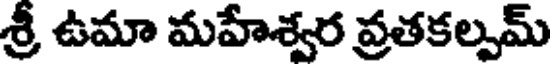
శ్రీ ఉమా మహేశ్వర వ్రతకల్పమ్